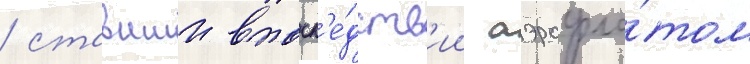
/ ставшии впосл'е́дств'ии аэрофло́том